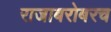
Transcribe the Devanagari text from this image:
राजाबरोबरच